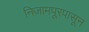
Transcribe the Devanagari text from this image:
निजामपूरपासून